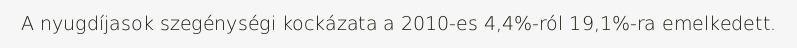
A nyugdíjasok szegénységi kockázata a 2010-es 4,4%-ról 19,1%-ra emelkedett.